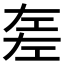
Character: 𢀡